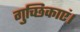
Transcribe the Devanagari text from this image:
गुच्छिकाएं।